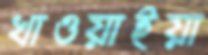
খাওয়াইয়া